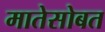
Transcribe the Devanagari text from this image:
मातेसोबत